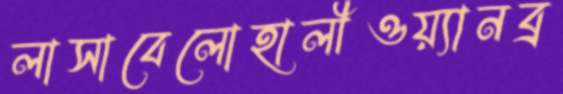
লাসাবেলোহালীওয়্যানব্র